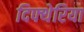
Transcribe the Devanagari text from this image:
दिफ्थेरिया